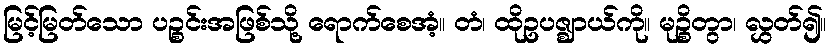
မြင့်မြတ်သော ပဉ္စင်းအဖြစ်သို့ ရောက်စေအံ့။ တံ၊ ထိုဥပဇ္ဈာယ်ကို။ မုဉ္စိတွာ၊ လွှတ်၍။